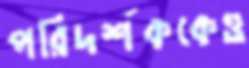
পরিদর্শককেও